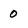
Character: 0